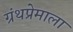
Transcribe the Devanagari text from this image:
ग्रंथप्रेमाला